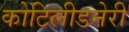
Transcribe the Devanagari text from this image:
कोटिलीडनेरी